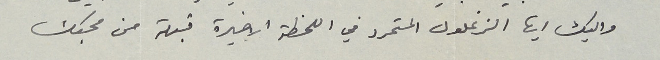
واليك ايها الزغلول المتمرد في اللحظة الاخيرة قبلة من محبك